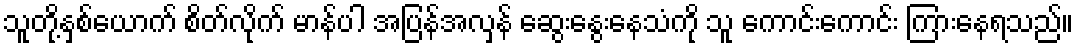
သူတို့နှစ်ယောက် စိတ်လိုက် မာန်ပါ အပြန်အလှန် ဆွေးနွေးနေသံကို သူ ကောင်းကောင်း ကြားနေရသည်။